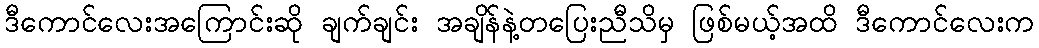
ဒီကောင်လေးအကြောင်းဆို ချက်ချင်း အချိန်နဲ့တပြေးညီသိမှ ဖြစ်မယ့်အထိ ဒီကောင်လေးက